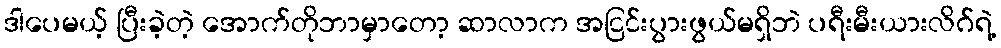
ဒါပေမယ့် ပြီးခဲ့တဲ့ အောက်တိုဘာမှာတော့ ဆာလာက အငြင်းပွားဖွယ်မရှိဘဲ ပရီးမီးယားလိဂ်ရဲ့